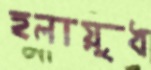
হলায়ুধ